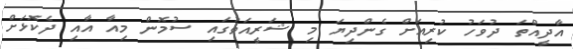
އާދީއްތަ ދުވަހު ކުރިއަށް ގެންދިޔަ މި ޝަރީއަތުގައި ސުމޮން މިއާ އާއި ދެކޮޅަށް